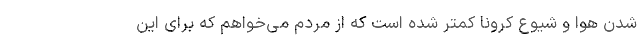
شدن هوا و شیوع کرونا کمتر شده است که از مردم می‌خواهم که برای این